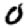
Digit: 0